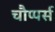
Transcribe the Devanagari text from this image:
चौप्पर्स